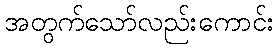
အတွက်သော်လည်းကောင်း